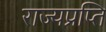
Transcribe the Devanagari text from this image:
राज्यप्रप्ति